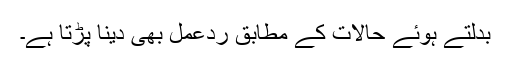
بدلتے ہوئے حالات کے مطابق ردعمل بھی دینا پڑتا ہے۔